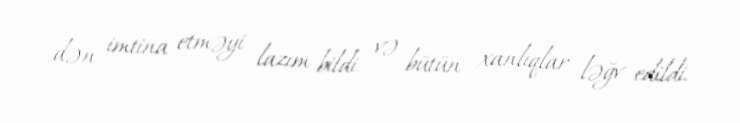
dən imtina etməyi lazım bildi və bütün xanlıqlar ləğv edildi.